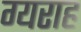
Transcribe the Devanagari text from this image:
ग्यराह